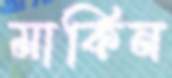
মার্কিন